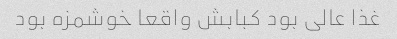
غذا عالی بود کبابش واقعا خوشمزه بود